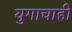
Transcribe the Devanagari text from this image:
युगाचाही